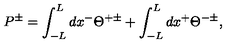
P ^ { \pm } = \int _ { - L } ^ { L } d x ^ { - } \Theta ^ { + \pm } + \int _ { - L } ^ { L } d x ^ { + } \Theta ^ { - \pm } ,